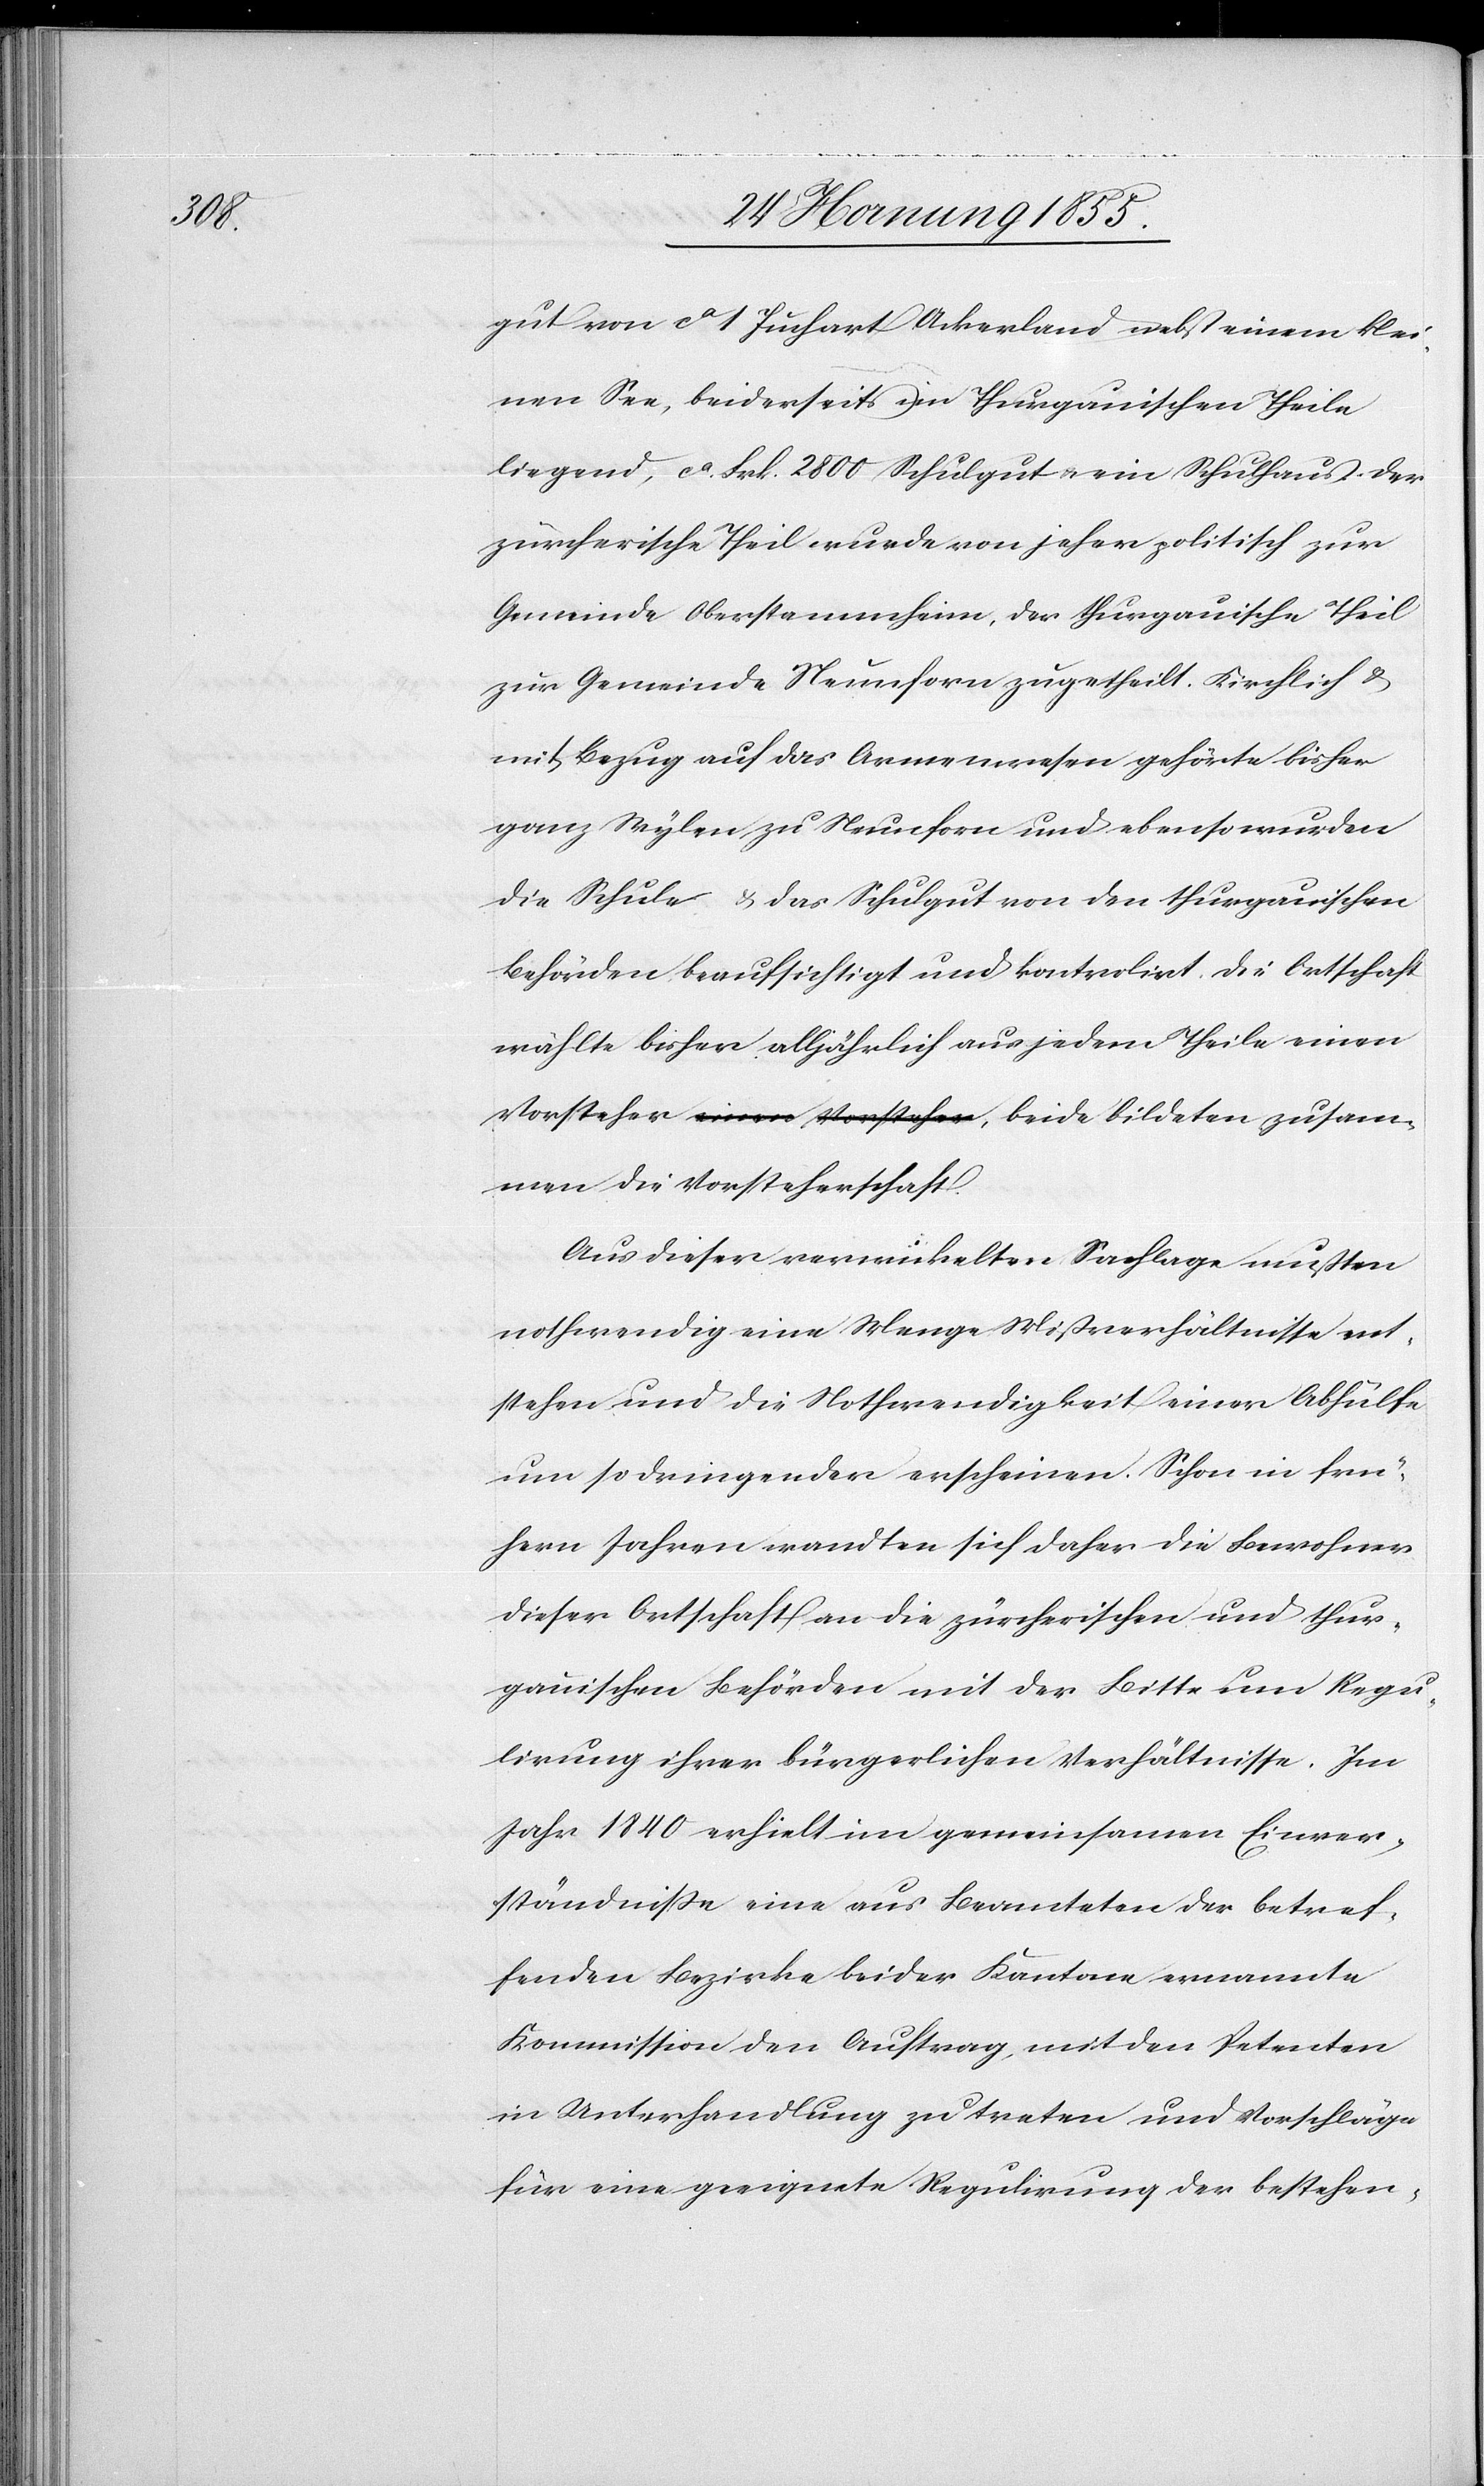
gut von ca 1 Juchart Ackerland nebst einem klei¬
nen See, beiderseits im Thurgauischen Theile
liegend, ca. Frk. 2800 Schulgut & ein Schulhaus. Der
zürcherische Theil wurde von jeher politisch zur
Gemeinde Oberstammheim, der thurgauische Theil
zur Gemeinde Neunforn zugetheilt. Kirchlich &
mit Bezug auf das Armenwesen gehörte bisher
ganz Wylen zu Neunforn und ebenso wurden
die Schule & das Schulgut von den thurgauischen
Behörden beaufsichtigt und kontrolirt. Die Ortschaft
wählte bisher alljährlich aus jedem Theile einen
Vorsteher a-einen Vorsteher-a, beide bildeten zusam¬
men die Vorsteherschaft.
Aus dieser verwickelten Sachlage mußten
nothwendig eine Menge Mißverhältnisse ent¬
stehen und die Nothwendigkeit einer Abhülfe
um so dringender erscheinen. Schon in frü¬
hern Jahren wandten sich daher die Bewohner
dieser Ortschaft an die zürcherischen und thur¬
gauischen Behörden mit der Bitte um Regu¬
lirung ihrer bürgerlichen Verhältnisse. Im
Jahr 1840 erhielt im gemeinsamen Einver¬
ständnisse eine aus Beamteten der betref¬
fenden Bezirke beider Kantone ernannte
Kommission den Auftrag, mit den Petenten
in Unterhandlung zu treten und Vorschläge
für eine geeignete Regulirung der bestehen-